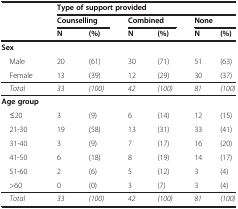
<table><thead><tr><td><b> </b></td><td colspan="6"><b>Type of support provided</b></td></tr><tr><td><b> </b></td><td colspan="2"><b>Counselling</b></td><td colspan="2"><b>Combined</b></td><td colspan="2"><b>None</b></td></tr><tr><td><b> </b></td><td><b>N</b></td><td><b>(%)</b></td><td><b>N</b></td><td><b>(%)</b></td><td><b>N</b></td><td><b>(%)</b></td></tr></thead><tbody><tr><td><b>Sex</b></td><td> </td><td> </td><td> </td><td> </td><td> </td><td> </td></tr><tr><td> Male</td><td>20</td><td>(61)</td><td>30</td><td>(71)</td><td>51</td><td>(63)</td></tr><tr><td> Female</td><td>13</td><td>(39)</td><td>12</td><td>(29)</td><td>30</td><td>(37)</td></tr><tr><td> <i>Total</i></td><td><i>33</i></td><td><i>(100)</i></td><td><i>42</i></td><td><i>(100)</i></td><td><i>81</i></td><td><i>(100)</i></td></tr><tr><td><b>Age group</b></td><td> </td><td> </td><td> </td><td> </td><td> </td><td> </td></tr><tr><td> ≤20</td><td>3</td><td>(9)</td><td>6</td><td>(14)</td><td>12</td><td>(15)</td></tr><tr><td> 21-30</td><td>19</td><td>(58)</td><td>13</td><td>(31)</td><td>33</td><td>(41)</td></tr><tr><td> 31-40</td><td>3</td><td>(9)</td><td>7</td><td>(17)</td><td>16</td><td>(20)</td></tr><tr><td> 41-50</td><td>6</td><td>(18)</td><td>8</td><td>(19)</td><td>14</td><td>(17)</td></tr><tr><td> 51-60</td><td>2</td><td>(6)</td><td>5</td><td>(12)</td><td>3</td><td>(4)</td></tr><tr><td> &gt;60</td><td>0</td><td>(0)</td><td>3</td><td>(7)</td><td>3</td><td>(4)</td></tr><tr><td> <i>Total</i></td><td><i>33</i></td><td><i>(100)</i></td><td><i>42</i></td><td><i>(100)</i></td><td><i>81</i></td><td><i>(100)</i></td></tr></tbody></table>